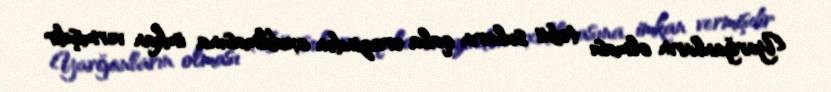
Yarğanların olması təbii suların qala ərazindən axıdılmasına imkan vermişdir